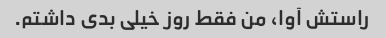
راستش آوا، من فقط روز خیلی بدی داشتم.